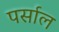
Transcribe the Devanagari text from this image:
पर्साल